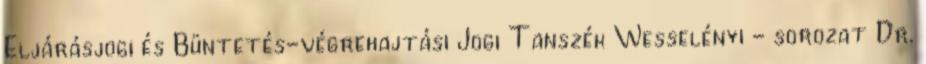
Eljárásjogi és Büntetés-végrehajtási Jogi Tanszék Wesselényi - sorozat Dr.